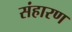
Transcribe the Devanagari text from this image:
संहारण